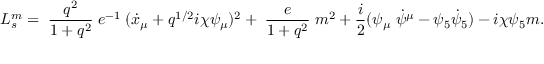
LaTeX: L _ { s } ^ { m } = \; \frac { q ^ { 2 } } { 1 + q ^ { 2 } } \; e ^ { - 1 } \; ( \dot { x } _ { \mu } + q ^ { 1 / 2 } i \chi \psi _ { \mu } ) ^ { 2 } + \; \frac { e } { 1 + q ^ { 2 } } \; m ^ { 2 } + \frac { i } { 2 } ( \psi _ { \mu } \; \dot { \psi } ^ { \mu } - \psi _ { 5 } \dot { \psi } _ { 5 } ) - i \chi \psi _ { 5 } m .